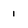
Character: 1